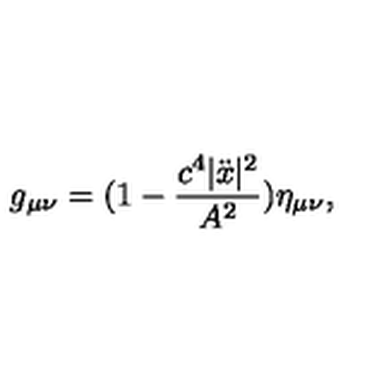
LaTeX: g _ { \mu \nu } = ( 1 - \frac { c ^ { 4 } | \ddot { x } | ^ { 2 } } { A ^ { 2 } } ) \eta _ { \mu \nu } { , }